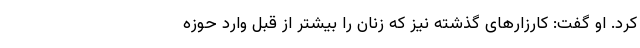
کرد. او گفت: کارزارهای گذشته نیز که زنان را بیشتر از قبل وارد حوزه